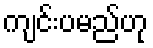
ကျင်းပမည်ဟု